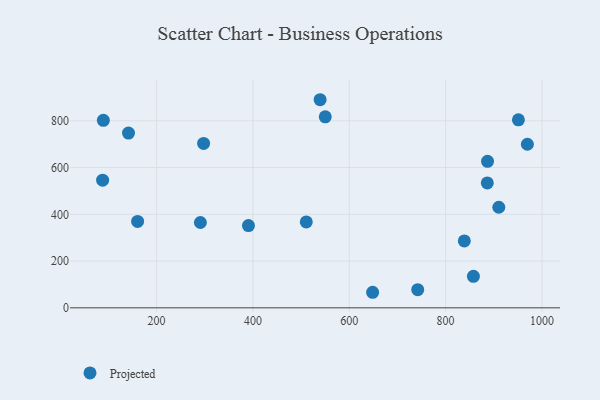
{"axis": {"x": "Experience", "y": "Profit"}, "legend": ["Projected"], "data": [{"x": "969.7", "y": 699.7, "type": "Projected"}, {"x": "510.8", "y": 367.4, "type": "Projected"}, {"x": "887.0", "y": 626.6, "type": "Projected"}, {"x": "297.7", "y": 703.1, "type": "Projected"}, {"x": "390.8", "y": 351.9, "type": "Projected"}, {"x": "886.5", "y": 534.1, "type": "Projected"}, {"x": "160.7", "y": 369.7, "type": "Projected"}, {"x": "291.0", "y": 364.9, "type": "Projected"}, {"x": "910.4", "y": 430.3, "type": "Projected"}, {"x": "857.7", "y": 134.7, "type": "Projected"}, {"x": "838.8", "y": 286.2, "type": "Projected"}, {"x": "550.2", "y": 817.2, "type": "Projected"}, {"x": "141.8", "y": 747.5, "type": "Projected"}, {"x": "951.1", "y": 804.2, "type": "Projected"}, {"x": "539.5", "y": 890.2, "type": "Projected"}, {"x": "648.5", "y": 66.5, "type": "Projected"}, {"x": "742.1", "y": 77.6, "type": "Projected"}, {"x": "89.6", "y": 802.2, "type": "Projected"}, {"x": "88.1", "y": 546.0, "type": "Projected"}]}